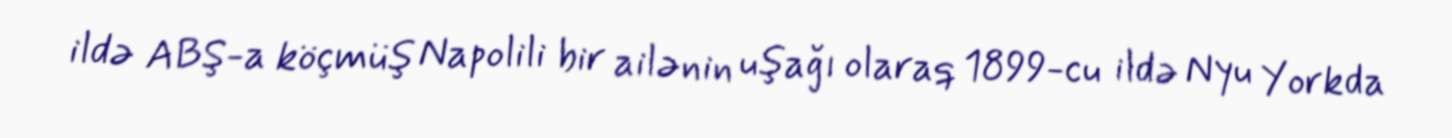
ildə ABŞ-a köçmüş Napolili bir ailənin uşağı olaraq 1899-cu ildə Nyu Yorkda